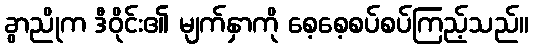
ခွာညိုက ဒီဝိုင်း၏ မျက်နှာကို စေ့စေ့စပ်စပ်ကြည့်သည်။